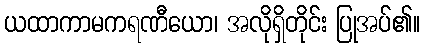
ယထာကာမကရဏီယော၊ အလိုရှိတိုင်း ပြုအပ်၏။